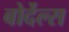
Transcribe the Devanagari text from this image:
बोर्देल्स